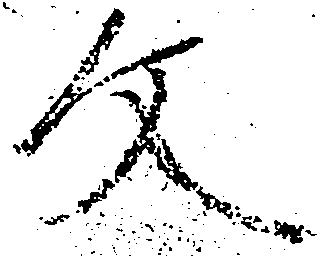
文